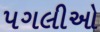
પગલીઓ